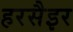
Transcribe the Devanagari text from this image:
हरसैइर